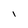
Character: l